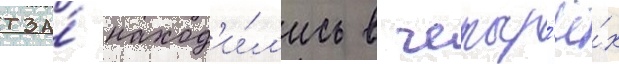
тза́ наход'и́л'ись в четыр'ё́х